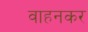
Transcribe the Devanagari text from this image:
वाहनकर